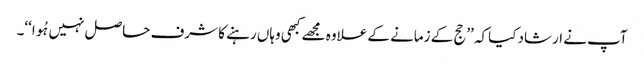
آپ نے ارشاد کیاکہ ’’حج کے زمانے کے علاوہ مجھے کبھی وہاں رہنے کا شرف حاصل نہیں ہُوا‘‘۔